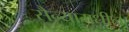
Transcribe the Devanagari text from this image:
सैन्यामधील